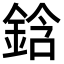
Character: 鋡